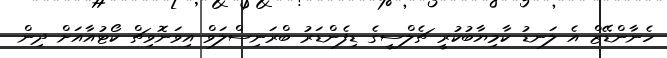
ހެނާންޑޭޒް އެ ލަނޑު ކާމިޔާބުކުރީ ޗެލްސީގެ ޑިފެންޑަރު ބްރަނިސްލަވް އިވަނޮވިޗް ކޯޓުއާއަށް ދިން